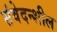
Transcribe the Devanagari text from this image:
संवेदन्शील